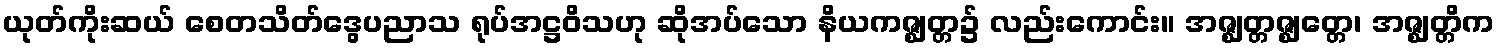
ယုတ်ကိုးဆယ် စေတသိတ်ဒွေပညာသ ရုပ်အဋ္ဌဝိသဟု ဆိုအပ်သော နိယကဇ္ဈတ္တ၌ လည်းကောင်း။ အဇ္ဈတ္တဇ္ဈတ္တေ၊ အဇ္ဈတ္တိက